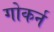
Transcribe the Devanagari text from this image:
गोकर्न